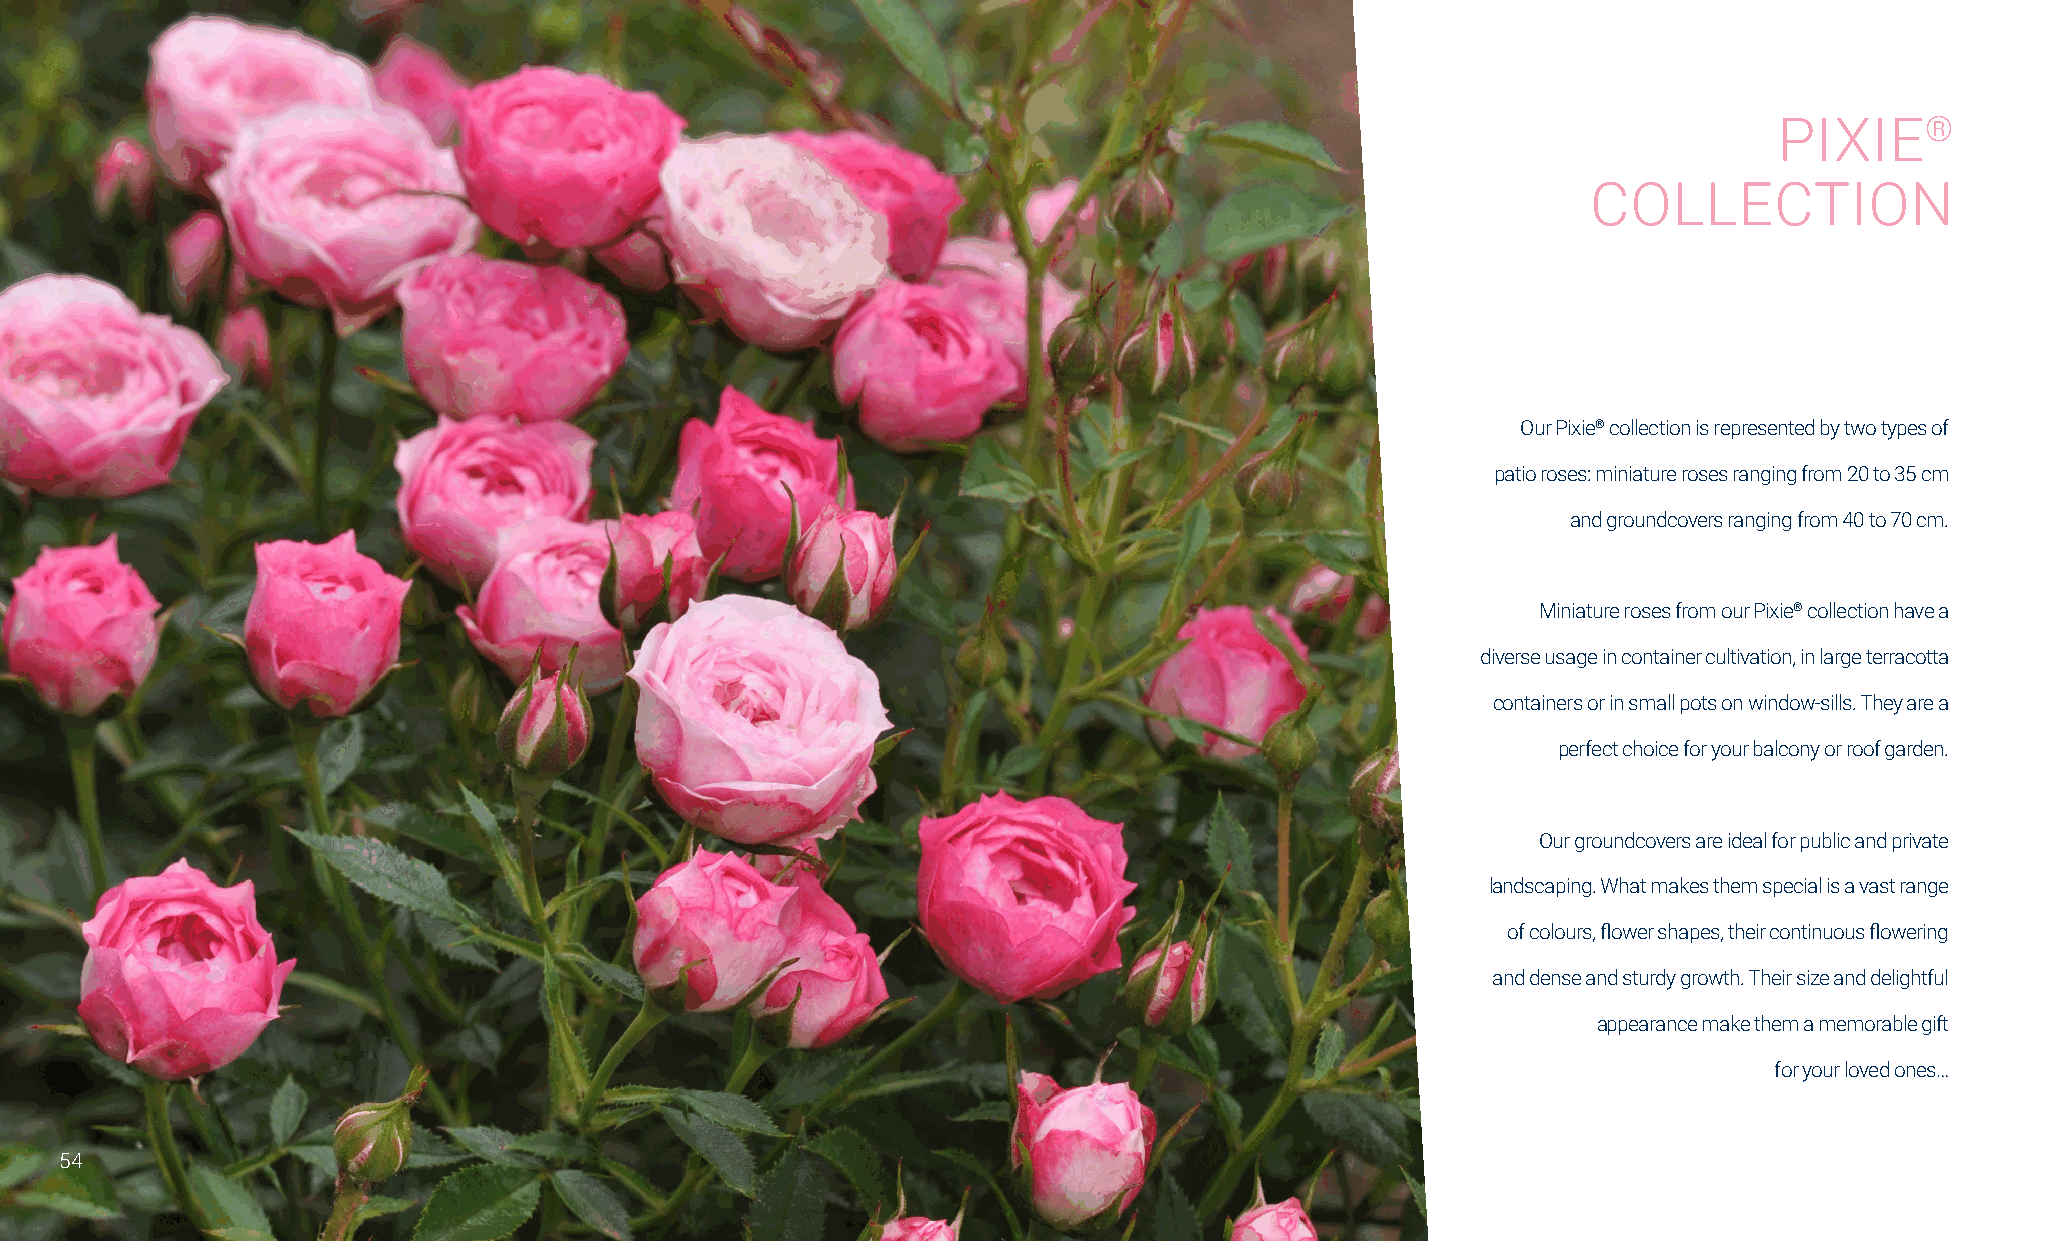
PIXIE®
 COLLECTION
 Our Pixie® collection is represented by two types of
 patio roses: miniature roses ranging from 20 to 35 cm
 and groundcovers ranging from 40 to 70 cm.
 Miniature roses from our Pixie® collection have a
 diverse usage in container cultivation, in large terracotta
 containers or in small pots on window-sills. They are a
 perfect choice for your balcony or roof garden.
 Our groundcovers are ideal for public and private
 landscaping. What makes them special is a vast range
 of colours, flower shapes, their continuous flowering
 and dense and sturdy growth. Their size and delightful
 appearance make them a memorable gift
 for your loved ones…
 54